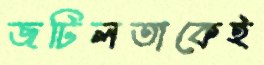
জটিলতাকেই